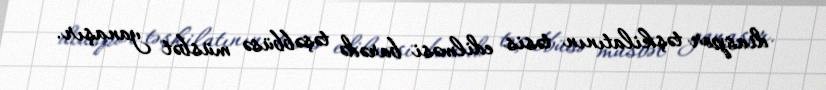
diaspor təşkilatının təsis edilməsi barədə təşəbbüsə müsbət yanaşır.